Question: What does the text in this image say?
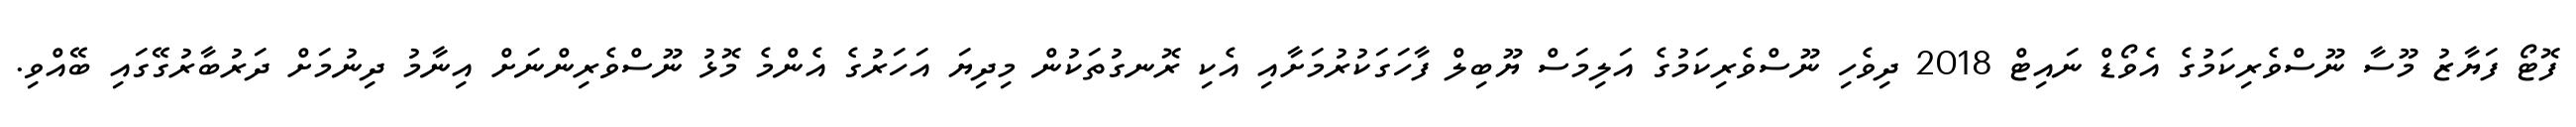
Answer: ފޮޓޯ ފަޔާޒު މޫސާ ނޫސްވެރިކަމުގެ އެވޯޑް ނައިޓް 2018 ދިވެހި ނޫސްވެރިކަމުގެ އަލިމަސް ޔޫބިލް ފާހަގަކުރުމަށާއި އެކި ރޮނގުތަކުން މިދިޔަ އަހަރުގެ އެންމެ މޮޅު ނޫސްވެރިންނަށް އިނާމު ދިނުމަށް ދަރުބާރުގޭގައި ބޭއްވި.